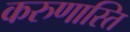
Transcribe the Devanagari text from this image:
करुणास्ति